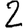
Digit: 2